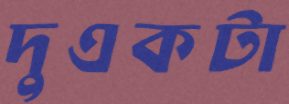
দুএকটা